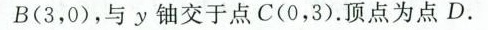
B(3，0)，与y轴交于点C(0，3).顶点为点D.